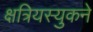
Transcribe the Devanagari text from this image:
क्षत्रियस्युकने